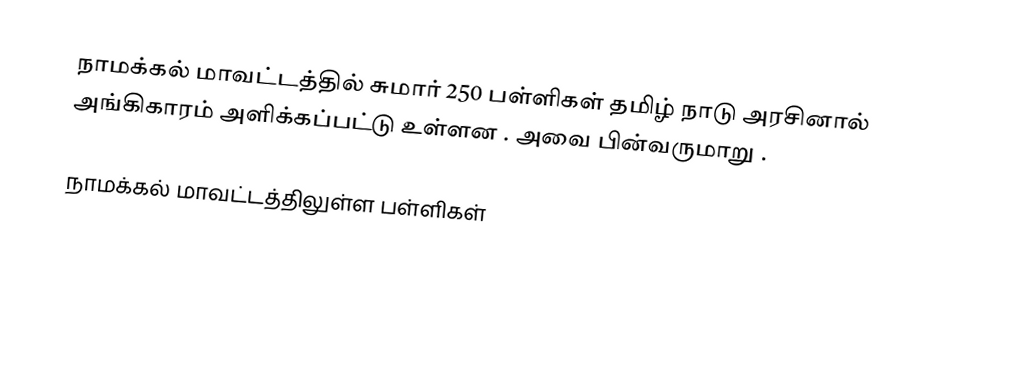
நாமக்கல் மாவட்டத்தில் சுமார் 250 பள்ளிகள் தமிழ் நாடு அரசினால் அங்கிகாரம் அளிக்கப்பட்டு உள்ளன . அவை பின்வருமாறு .

நாமக்கல் மாவட்டத்திலுள்ள பள்ளிகள்